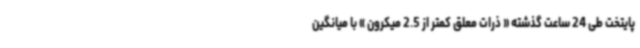
پایتخت طی 24 ساعت گذشته « ذرات معلق کمتر از 2.5 میکرون » با میانگین